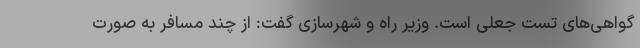
گواهی‌های تست جعلی است. وزیر راه و شهرسازی گفت: از چند مسافر به صورت